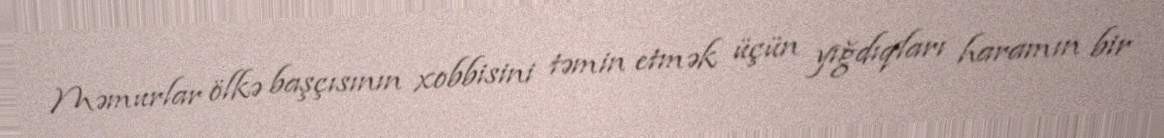
Məmurlar ölkə başçısının xobbisini təmin etmək üçün yığdıqları haramın bir